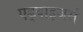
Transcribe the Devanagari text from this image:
एड्वाइजर्स